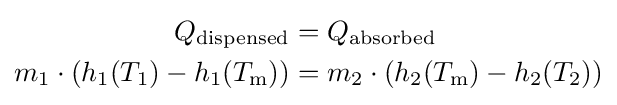
{\begin{aligned}Q_{\text{dispensed}}&=Q_{\text{absorbed}}\\m_{1}\cdot \left(h_{1}(T_{1})-h_{1}(T_{\mathrm {m} })\right)&=m_{2}\cdot \left(h_{2}(T_{\mathrm {m} })-h_{2}(T_{2})\right)\\\end{aligned}}